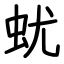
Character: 蚘